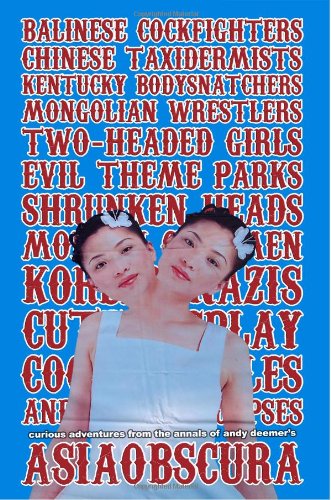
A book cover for AsiaObscura: Balinese Cockfighters, Chinese Taxidermists, Kentucky Bodysnatchers, Mongolian Wrestlers, Two-Headed Girls, Evil Theme Parks...; Andy Deemer; Travel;